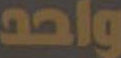
واحد